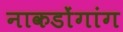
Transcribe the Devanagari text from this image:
नाकडोंगांग